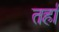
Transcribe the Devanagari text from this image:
तर्हा